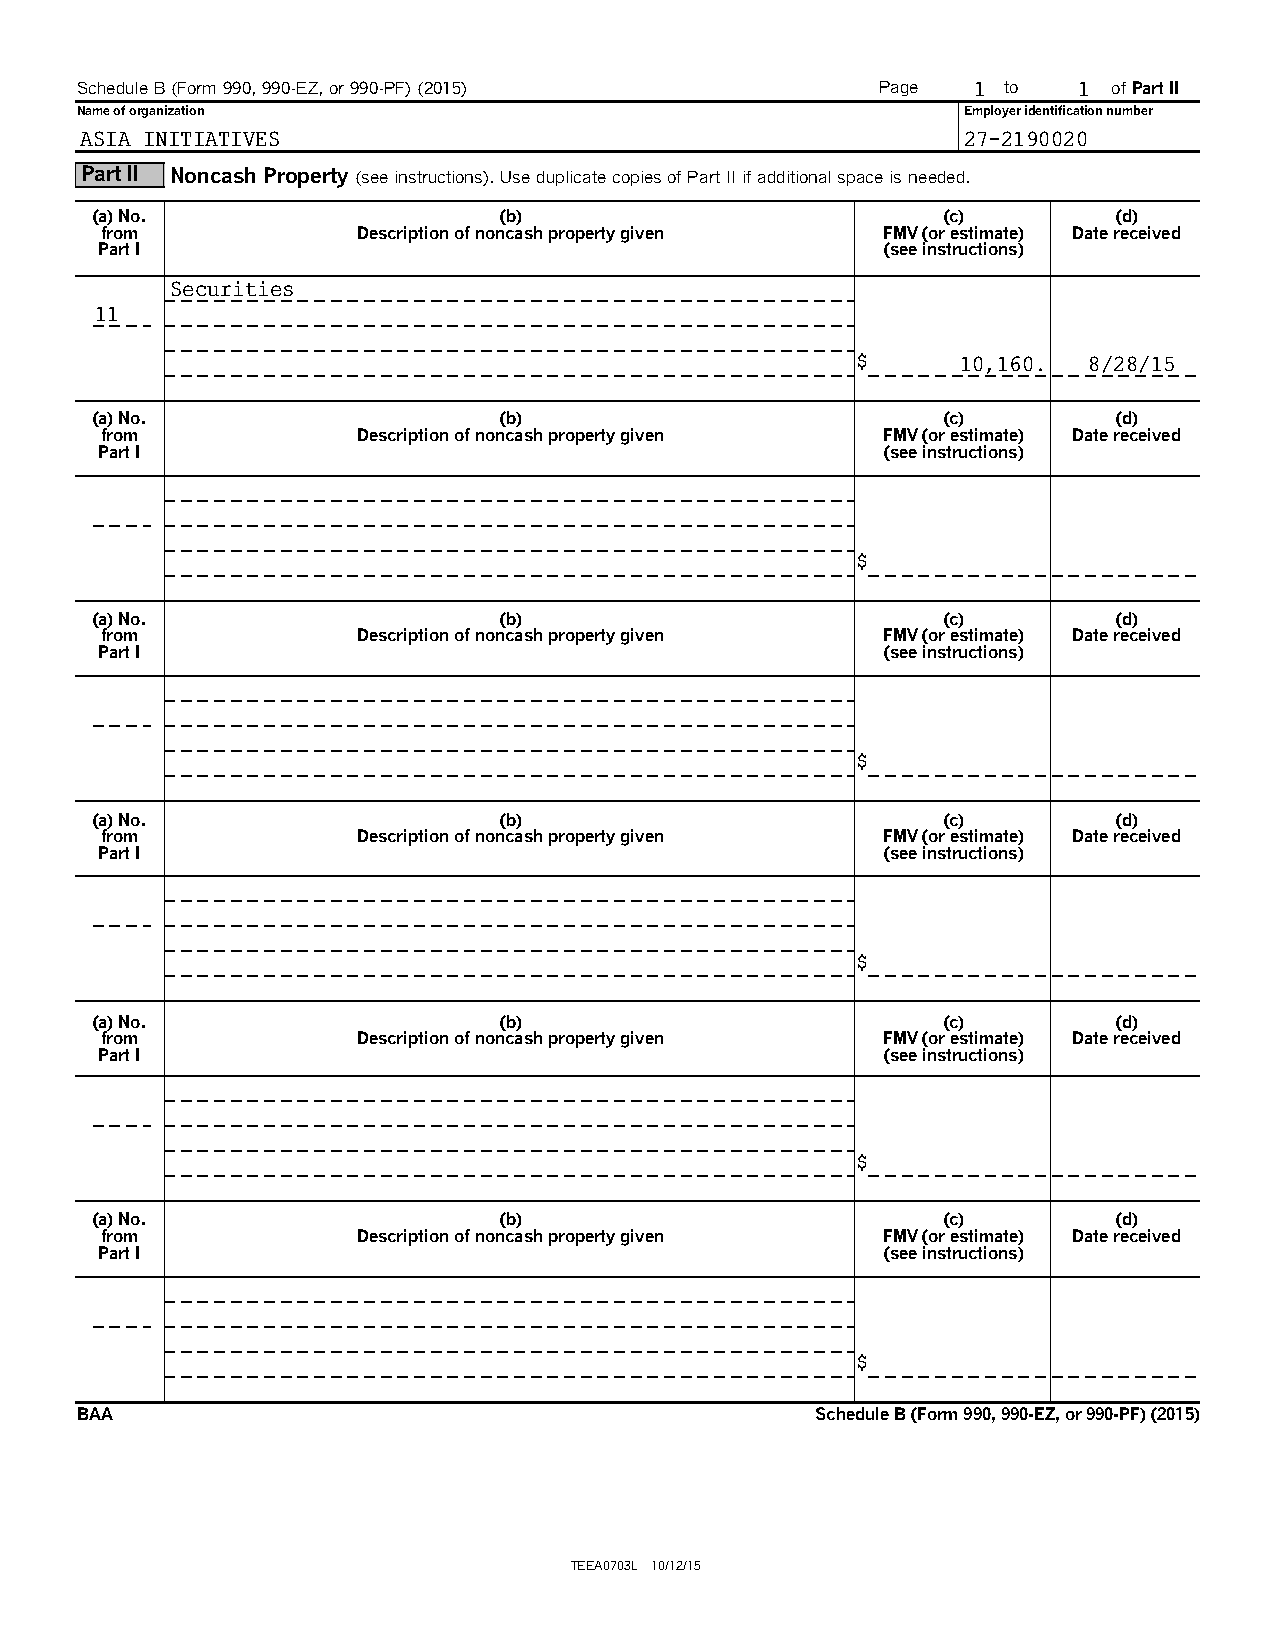
Schedule B (Form 990, 990-EZ, or 990-PF) (2015)      Page  1 to   1  of Part II
 Name of organization                                       Employer identification number
 ASIA INITIATIVES                                           27-2190020
 Part II Noncash Property (see instructions). Use duplicate copies of Part II if additional space is needed.
 (a) No.                    (b)                          (c)         (d)
 from             Description of noncash property given FMV (or estimate) Date received
 Part I                                              (see instructions)
 Securities
 11
 $      10,160. 8/28/15
 (a) No.                    (b)                          (c)         (d)
 from             Description of noncash property given FMV (or estimate) Date received
 Part I                                              (see instructions)
 $
 (a) No.                    (b)                          (c)         (d)
 from             Description of noncash property given FMV (or estimate) Date received
 Part I                                              (see instructions)
 $
 (a) No.                    (b)                          (c)         (d)
 from             Description of noncash property given FMV (or estimate) Date received
 Part I                                              (see instructions)
 $
 (a) No.                    (b)                          (c)         (d)
 from             Description of noncash property given FMV (or estimate) Date received
 Part I                                              (see instructions)
 $
 (a) No.                    (b)                          (c)         (d)
 from             Description of noncash property given FMV (or estimate) Date received
 Part I                                              (see instructions)
 $
 BAA                                              Schedule B (Form 990, 990-EZ, or 990-PF) (2015)
 TEEA0703L 10/12/15